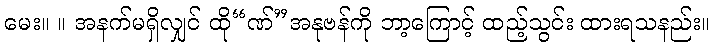
မေး။ ။ အနက်မရှိလျှင် ထို“ဏ်”အနုဗန်ကို ဘာ့ကြောင့် ထည့်သွင်း ထားရသနည်း။